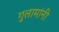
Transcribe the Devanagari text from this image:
गुलामांनी